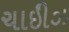
ચાઇીઝ